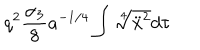
LaTeX: q ^ { 2 } \frac { \alpha _ { 3 } } 8 a ^ { - 1 / 4 } \int { \sqrt [ [object Object] ] ] { \ddot { x } ^ { 2 } } } d \tau